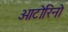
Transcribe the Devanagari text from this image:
ओटोरिनो